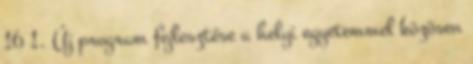
16 1. Új program fejlesztése a helyi egyetemmel közösen